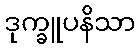
ဒုက္ခူပနိသာ